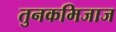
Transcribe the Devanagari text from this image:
तुनकमिजाज